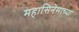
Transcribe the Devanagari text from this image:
महासिनेमाच्या